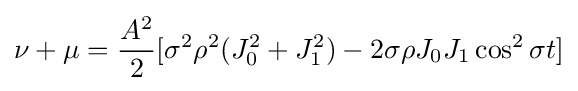
\nu +\mu ={\frac {A^{2}}{2}}[\sigma ^{2}\rho ^{2}(J_{0}^{2}+J_{1}^{2})-2\sigma \rho J_{0}J_{1}\cos ^{2}\sigma t]